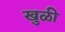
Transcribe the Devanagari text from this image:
खुळी